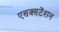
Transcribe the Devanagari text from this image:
एसक्सटेंशन